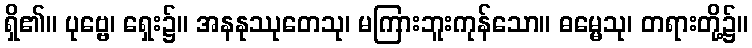
ရှိ၏။ ပုဗ္ဗေ၊ ရှေး၌။ အနနုဿုတေသု၊ မကြားဘူးကုန်သော။ ဓမ္မေသု၊ တရားတို့၌။